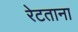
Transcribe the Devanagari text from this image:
रेटताना